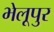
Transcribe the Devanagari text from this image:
भेलूपुर